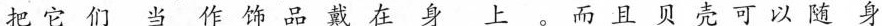
把它们当饰品戴上。而且贝壳可以随身